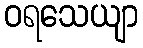
ဝရသေယျာ